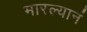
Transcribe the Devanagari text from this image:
मारल्यानं